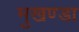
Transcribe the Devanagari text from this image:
मुखण्डा